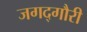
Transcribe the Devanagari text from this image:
जगद्‌गौरी